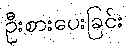
ဦးစားပေးခြင်း